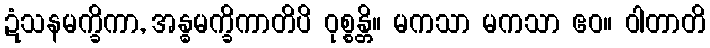
ဍံသနမက္ခိကာ, အန္ဓမက္ခိကာတိပိ ဝုစ္စန္တိ။ မကသာ မကသာ ဧဝ။ ဝါတာတိ